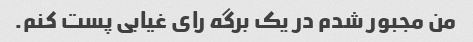
من مجبور شدم در یک برگه رای غیابی پست کنم.